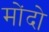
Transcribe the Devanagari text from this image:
मोंदो